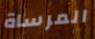
المرساة